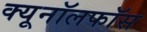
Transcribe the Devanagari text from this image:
क्यूनॉलफॉस